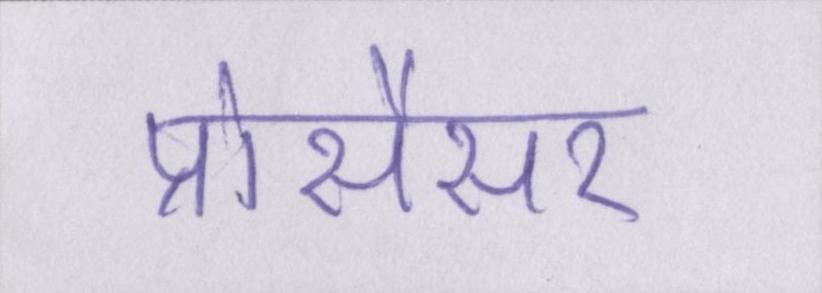
प्रोसैसर